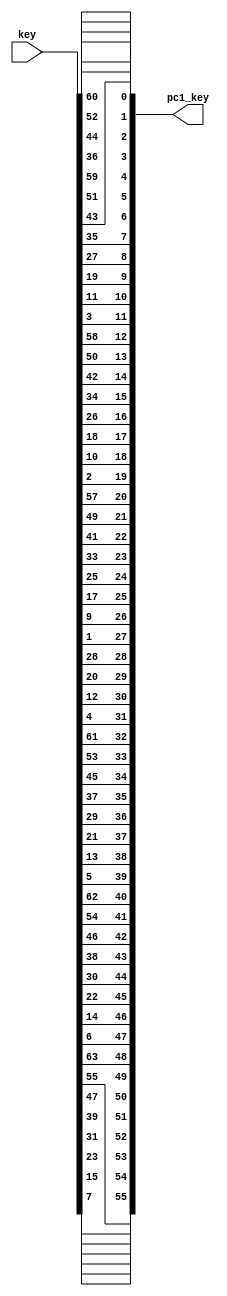

//shmuel Afelbaum
//18.07.2024
module PC1 (
    input [1:64] key,
    output [55:0] pc1_key
);

    assign pc1_key[55] = key[57];
    assign pc1_key[54] = key[49];
    assign pc1_key[53] = key[41];
    assign pc1_key[52] = key[33];
    assign pc1_key[51] = key[25];
    assign pc1_key[50] = key[17];
    assign pc1_key[49] = key[9];

    assign pc1_key[48] = key[1];
    assign pc1_key[47] = key[58];
    assign pc1_key[46] = key[50];
    assign pc1_key[45] = key[42];
    assign pc1_key[44] = key[34];
    assign pc1_key[43] = key[26];
    assign pc1_key[42] = key[18];

    assign pc1_key[41] = key[10];
    assign pc1_key[40] = key[2];
    assign pc1_key[39] = key[59];
    assign pc1_key[38] = key[51];
    assign pc1_key[37] = key[43];
    assign pc1_key[36] = key[35];
    assign pc1_key[35] = key[27];

    assign pc1_key[34] = key[19];
    assign pc1_key[33] = key[11];
    assign pc1_key[32] = key[3];
    assign pc1_key[31] = key[60];
    assign pc1_key[30] = key[52];
    assign pc1_key[29] = key[44];
    assign pc1_key[28] = key[36];

    assign pc1_key[27] = key[63];
    assign pc1_key[26] = key[55];
    assign pc1_key[25] = key[47];
    assign pc1_key[24] = key[39];
    assign pc1_key[23] = key[31];
    assign pc1_key[22] = key[23];
    assign pc1_key[21] = key[15];

    assign pc1_key[20] = key[7];
    assign pc1_key[19] = key[62];
    assign pc1_key[18] = key[54];
    assign pc1_key[17] = key[46];
    assign pc1_key[16] = key[38];
    assign pc1_key[15] = key[30];
    assign pc1_key[14] = key[22];



    assign pc1_key[13] = key[14];
    assign pc1_key[12] = key[6];
    assign pc1_key[11] = key[61];
    assign pc1_key[10] = key[53];
    assign pc1_key[9] = key[45];
    assign pc1_key[8] = key[37];
    assign pc1_key[7] = key[29];

    assign pc1_key[6] = key[21];
    assign pc1_key[5] = key[13];
    assign pc1_key[4] = key[5];
    assign pc1_key[3] = key[28];
    assign pc1_key[2] = key[20];
    assign pc1_key[1] = key[12];
    assign pc1_key[0] = key[4];


endmodule